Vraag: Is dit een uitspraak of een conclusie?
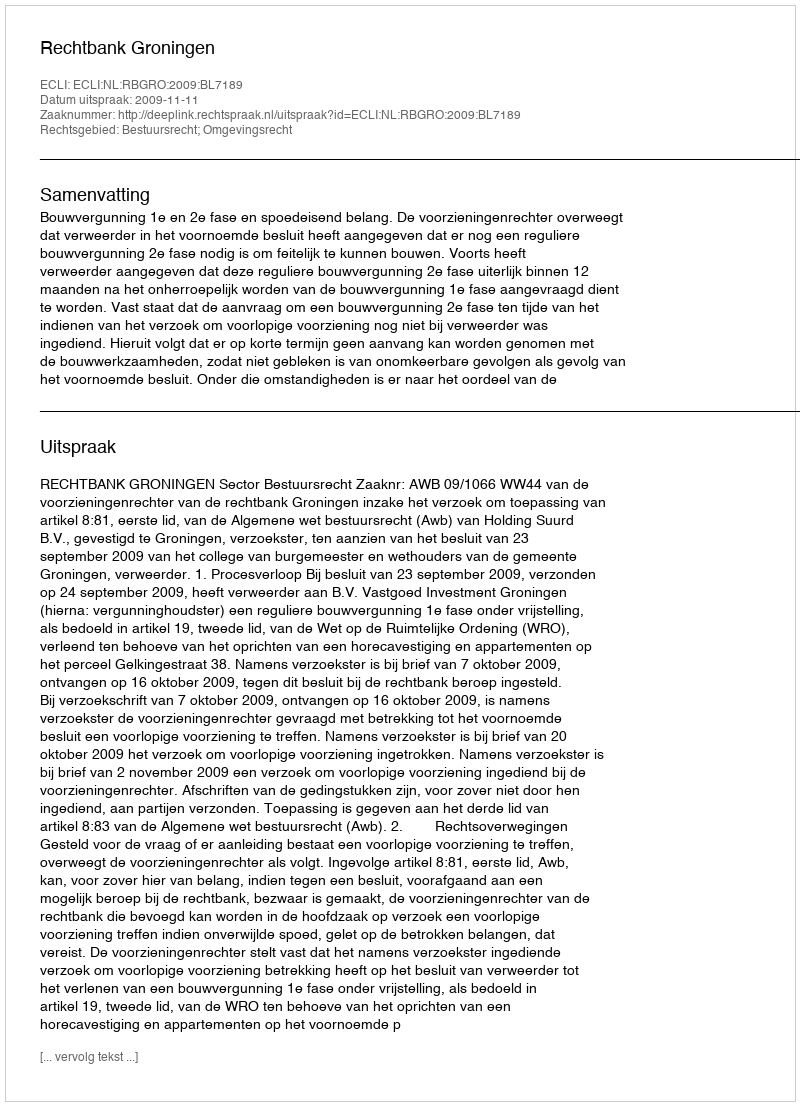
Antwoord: Uitspraak